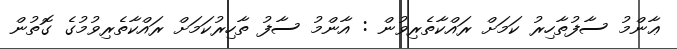
ޢާންމު ސާފުތާހިރު ކަމަށް ރައްކާތެރިވުން : އާންމު ސާފު ތާހިރުކަމަށް ރައްކާތެރިވުމުގެ ގޮތުން